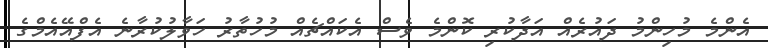
އެންމެ މުހިންމު ދައުރެއް އަދާކުރި ކޮންމެ ވެސް އެކައްޗެއް މުހުތާރު ހަވާލުކުރާނެ އެފްއޭއެމްގެ